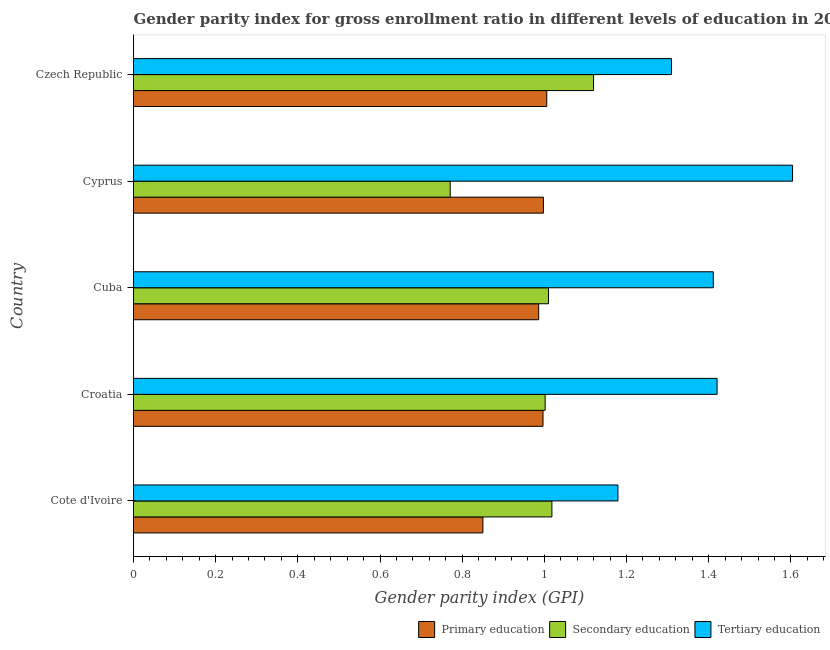
| Country | Primary education | Secondary education | Tertiary education |
 | --- | --- | --- | --- |
 | Cote d'Ivoire | 0.85 | 1.02 | 1.18 |
 | Croatia | 0.997 | 1 | 1.42 |
 | Cuba | 0.986 | 1.01 | 1.41 |
 | Cyprus | 0.998 | 0.771 | 1.6 |
 | Czech Republic | 1.01 | 1.12 | 1.31 |